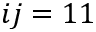
i j = 1 1